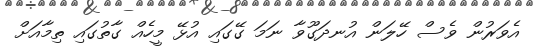
އެވަރުން ވެސް ހޭލަން އުނދަގޫވާ ނަމަ ގޭގައި އުޅޭ މީހެއް ގާތުގައި ތިމާއަށް